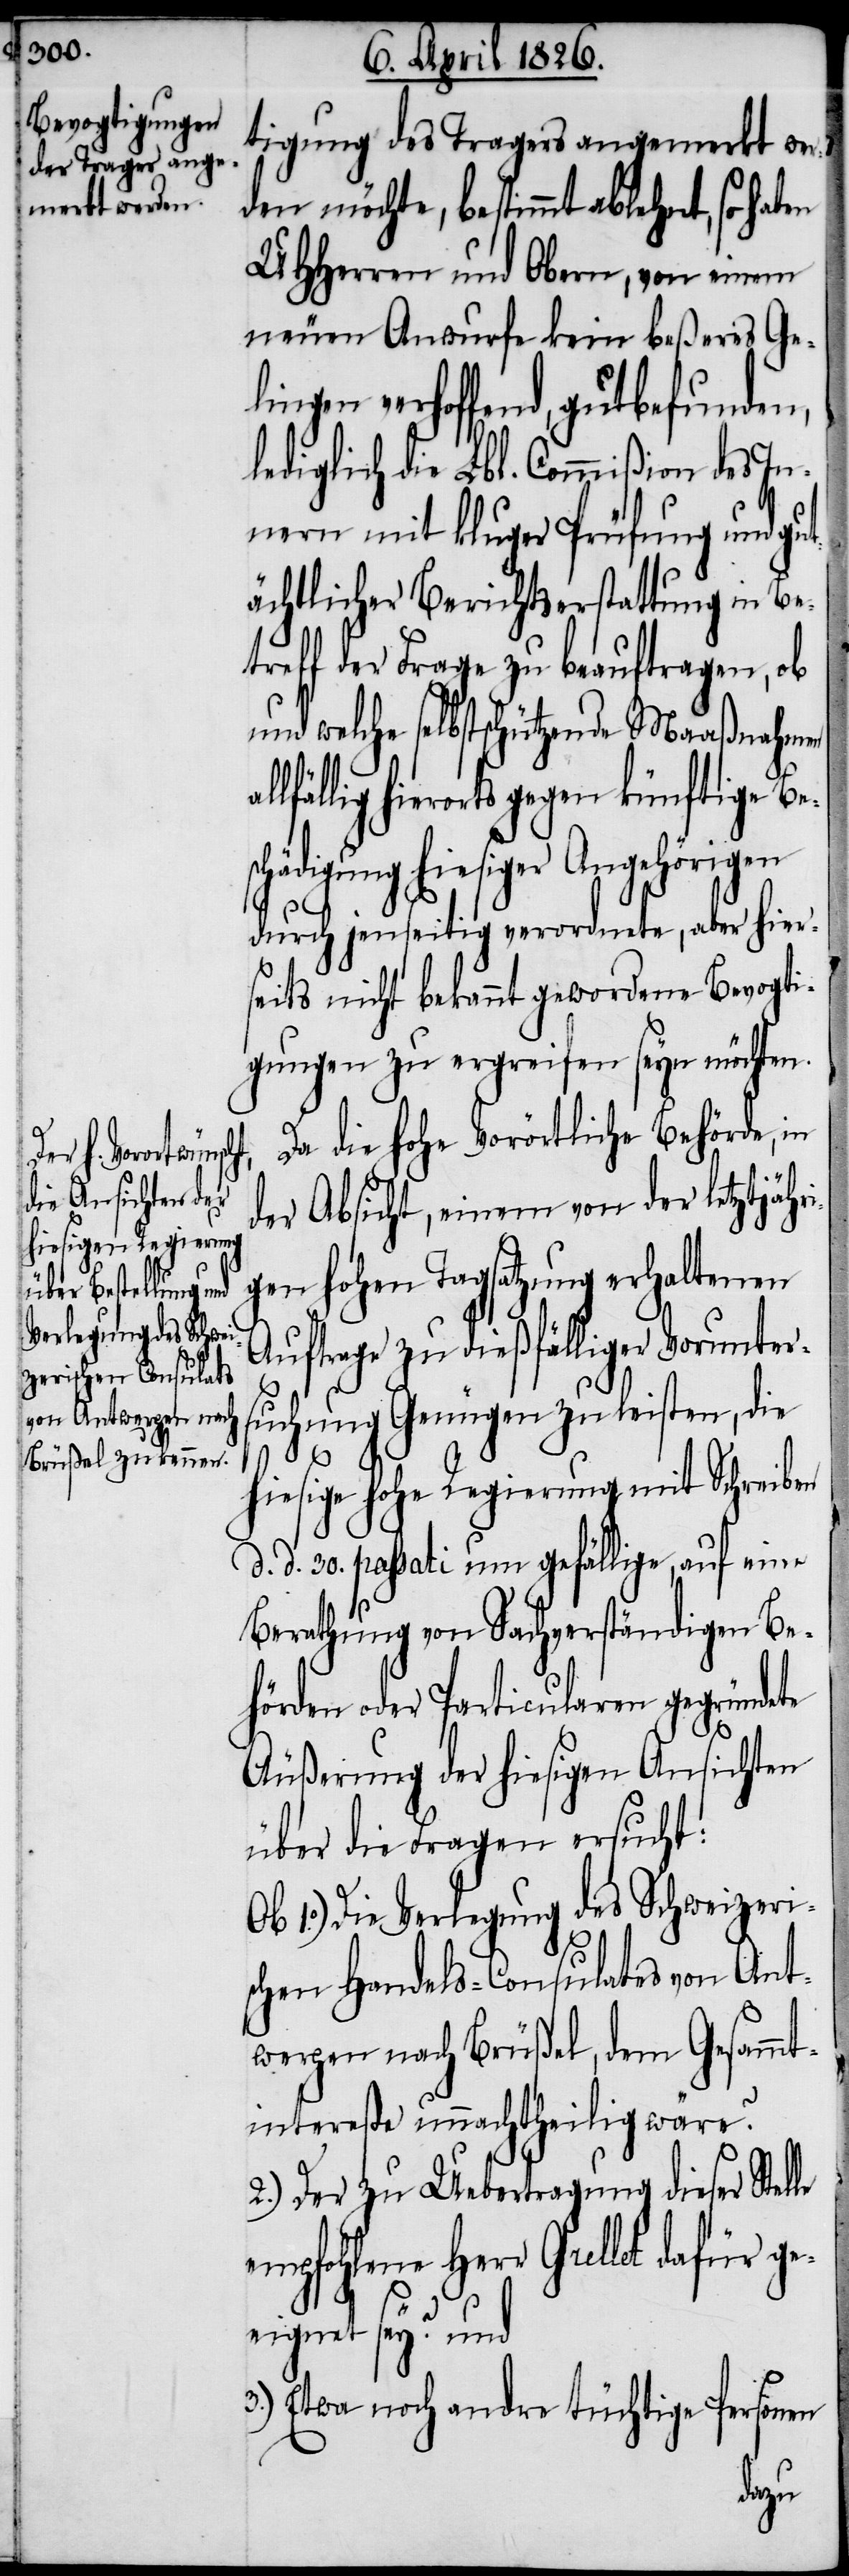
tigung des Tragers angemerkt wer¬
den möchte, bestimmt ablehnt, so haben
UHHerren und Obern, von einem
neuen Anwurfe kein beßeres Gel¬
ingen verhoffend, gutbefunden,
lediglich die Lbl. Commißion des In¬
nern mit kluger Prüfung und gut¬
ächtlicher Berichtserstattung in Be¬
treff der Frage zu beauftragen, ob
und welche selbstschützende Maaßnahmen
lfällig hierorts gegen künftige Be¬
schädigung hiesiger Angehörigen
durch jenseitig verordnete, aber hier¬
seits nicht bekannt gewordene Bevogti¬
gungen zu ergreifen seyn möchten.
Da die hohe Vorörtliche Behörde, in
der Absicht, einem von der letztjähri¬
gen hohen Tagsatzung erhaltenen
Auftrage zu dießfälliger Vorunter¬
suchung Genügen zu leisten, die
le
hiesige hohe Regierung mit Schreiben
d. d. 30. passati um gefällige, auf einer
Berathung von Sachverständigen Be¬
hörden oder Particularen gegründete
Äußerung der hiesigen Ansichten
über die Fragen ersucht:
Ob 1.) Die Verlegung des Schweizeri¬
schen Handels-Consulats von Ant¬
werpen nach Brüßel, dem Gesammt¬
intereße unnachtheilig wäre?
2.) Der zu Uebertragung dieser Stel¬
empfohlene Herr Grellet dafür ge¬
eignet sey? und
3.) Etwa noch andre tüchtige Personen